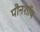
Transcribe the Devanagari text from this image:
पौनशॉप